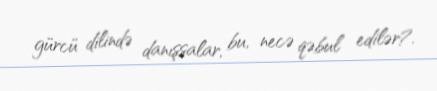
gürcü dilində danışsalar, bu, necə qəbul edilər?.